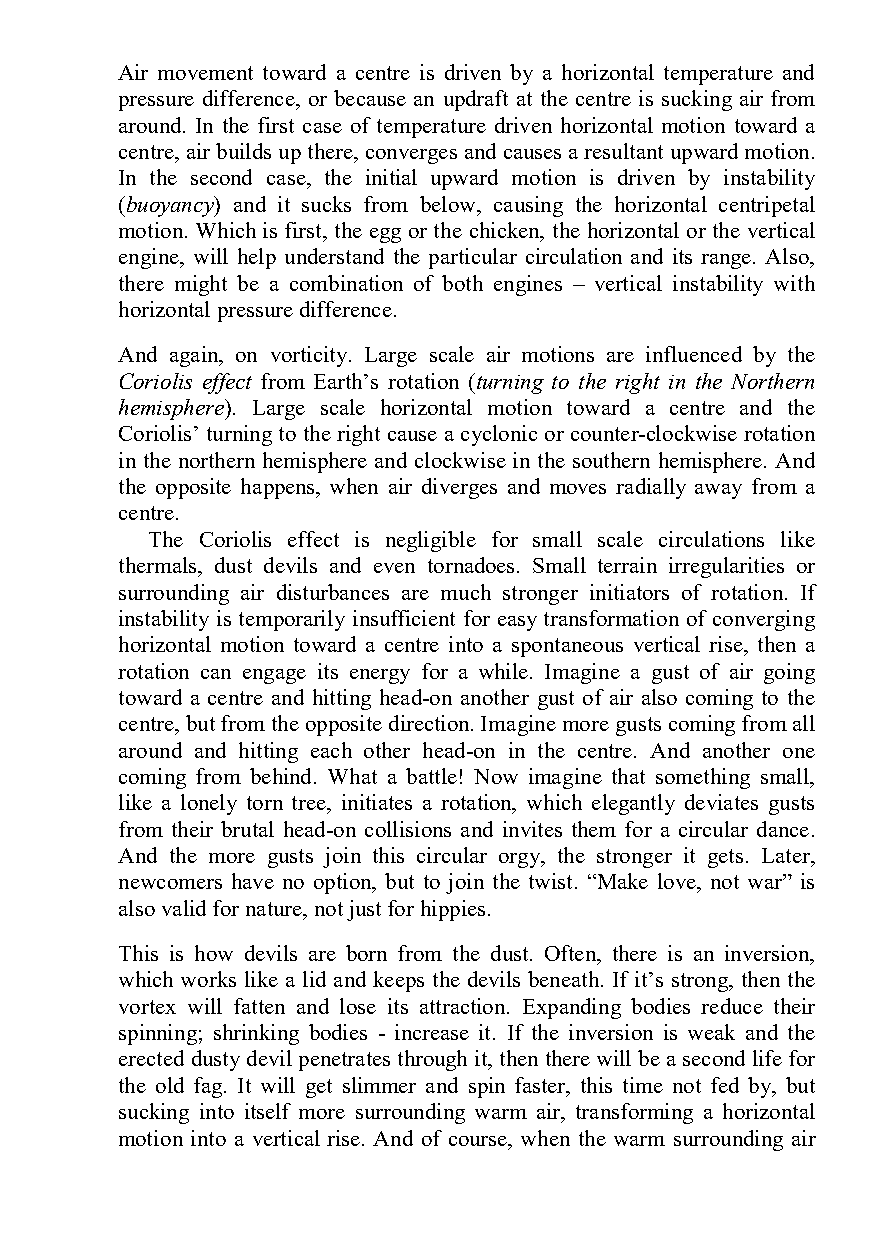
Air movement toward a centre is driven by a horizontal temperature and
 pressure difference, or because an updraft at the centre is sucking air from
 around. In the first case of temperature driven horizontal motion toward a
 centre, air builds up there, converges and causes a resultant upward motion.
 In the second case, the initial upward motion is driven by instability
 (buoyancy) and it sucks from below, causing the horizontal centripetal
 motion. Which is first, the egg or the chicken, the horizontal or the vertical
 engine, will help understand the particular circulation and its range. Also,
 there might be a combination of both engines – vertical instability with
 horizontal pressure difference.
 And again, on vorticity. Large scale air motions are influenced by the
 Coriolis effect from Earth’s rotation (turning to the right in the Northern
 hemisphere). Large scale horizontal motion toward a centre and the
 Coriolis’ turning to the right cause a cyclonic or counter-clockwise rotation
 in the northern hemisphere and clockwise in the southern hemisphere. And
 the opposite happens, when air diverges and moves radially away from a
 centre.
 The Coriolis effect is negligible for small scale circulations like
 thermals, dust devils and even tornadoes. Small terrain irregularities or
 surrounding air disturbances are much stronger initiators of rotation. If
 instability is temporarily insufficient for easy transformation of converging
 horizontal motion toward a centre into a spontaneous vertical rise, then a
 rotation can engage its energy for a while. Imagine a gust of air going
 toward a centre and hitting head-on another gust of air also coming to the
 centre, but from the opposite direction. Imagine more gusts coming from all
 around and hitting each other head-on in the centre. And another one
 coming from behind. What a battle! Now imagine that something small,
 like a lonely torn tree, initiates a rotation, which elegantly deviates gusts
 from their brutal head-on collisions and invites them for a circular dance.
 And the more gusts join this circular orgy, the stronger it gets. Later,
 newcomers have no option, but to join the twist. “Make love, not war” is
 also valid for nature, not just for hippies.
 This is how devils are born from the dust. Often, there is an inversion,
 which works like a lid and keeps the devils beneath. If it’s strong, then the
 vortex will fatten and lose its attraction. Expanding bodies reduce their
 spinning; shrinking bodies - increase it. If the inversion is weak and the
 erected dusty devil penetrates through it, then there will be a second life for
 the old fag. It will get slimmer and spin faster, this time not fed by, but
 sucking into itself more surrounding warm air, transforming a horizontal
 motion into a vertical rise. And of course, when the warm surrounding air